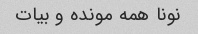
نونا همه مونده و بیات